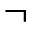
\lnot